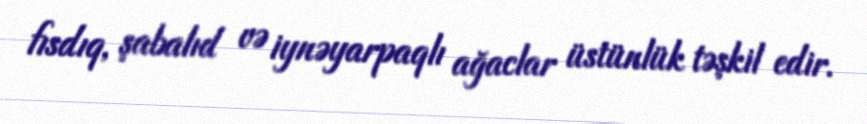
fısdıq, şabalıd və iynəyarpaqlı ağaclar üstünlük təşkil edir.